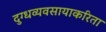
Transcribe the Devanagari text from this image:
दुग्धव्यवसायाकरिता